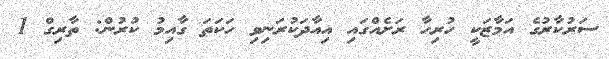
ސަރުކާރުގެ އަމާޒަކީ ހުރިހާ ރަށެއްގައި އިއާދަކުރަނިވި ހަކަތަ ގާއިމު ކުރުން: ތާރިގް 1